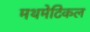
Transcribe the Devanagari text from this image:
मथमेटिकल